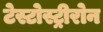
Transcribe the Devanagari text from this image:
टेस्टोस्ट्रीरोन